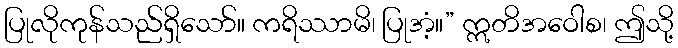
ပြုလိုကုန်သည်ရှိသော်။ ကရိဿာမိ၊ ပြုအံ့။” ဣတိအဝေါစ၊ ဤသို့